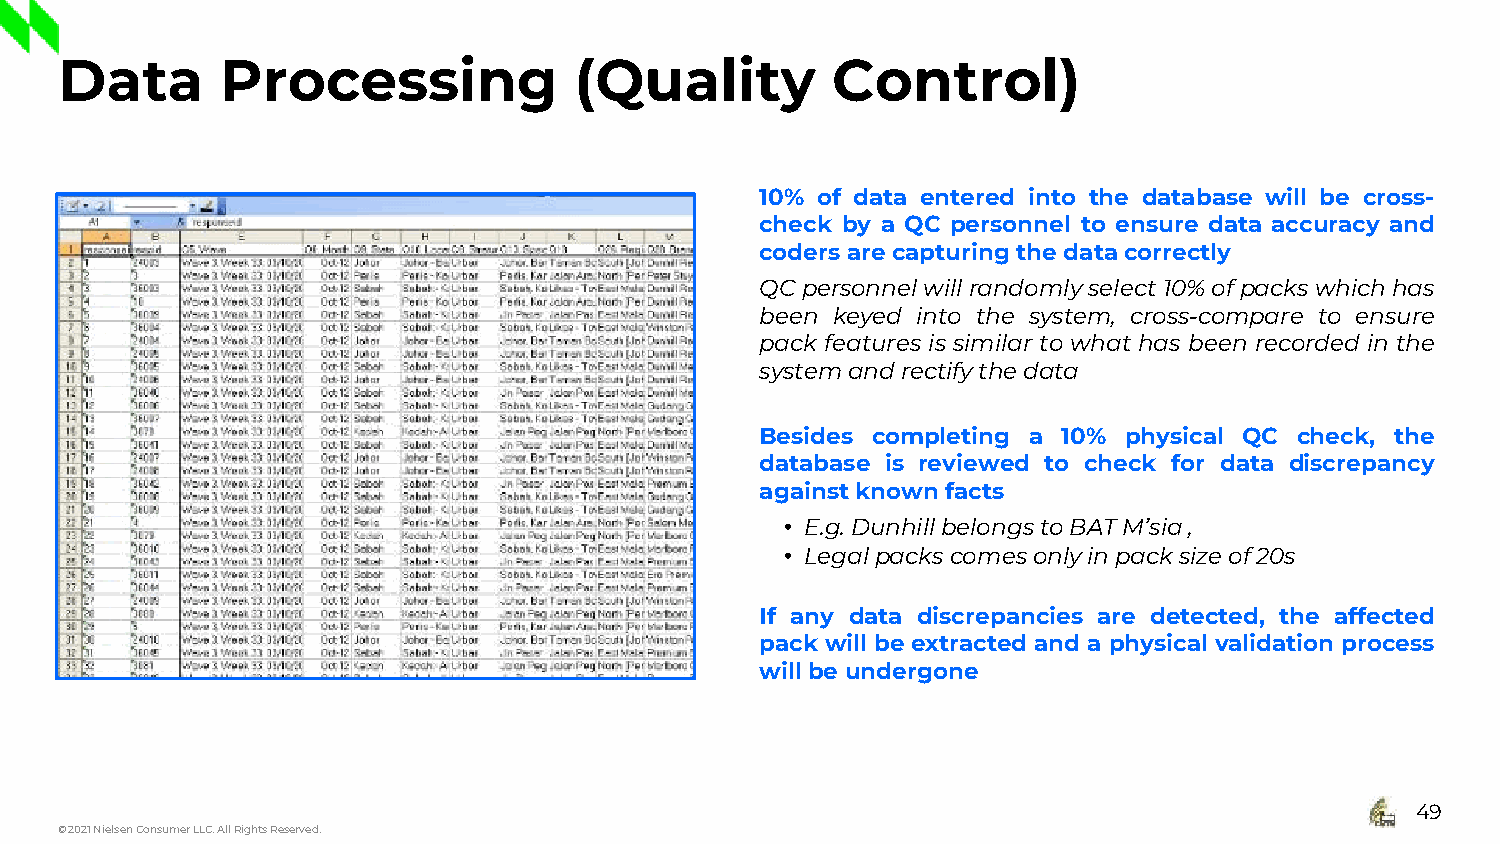
Data       Processing             (Quality         Control)
 10% of data entered into the database will be cross-
 check by a QC personnel to ensure data accuracy and
 coders are capturingthe datacorrectly
 QC personnel will randomly select 10%of packs which has
 been keyed into the system, cross-compare to ensure
 pack features is similar to what has been recorded in the
 systemand rectifythedata
 Besides completing a 10% physical QC check, the
 database is reviewed to check for data discrepancy
 againstknown facts
 • E.g.Dunhill belongstoBATM’sia,
 • Legalpackscomesonlyinpack sizeof20s
 If any data discrepancies are detected, the affected
 pack will be extracted and a physical validation process
 willbe undergone
 49
 © 2021 Nielsen Consumer LLC. All Rights Reserved.